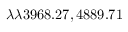
\lambda \lambda 3 9 6 8 . 2 7 , 4 8 8 9 . 7 1